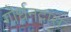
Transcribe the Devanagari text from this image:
गोर्धनदास